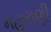
મહારાણી